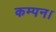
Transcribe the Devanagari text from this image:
कम्पन।